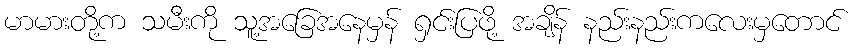
မာမားတို့က သမီးကို သူ့အခြေအနေမှန် ရှင်းပြဖို့ အချိန် နည်းနည်းကလေးမှတောင်